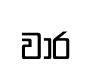
වාර